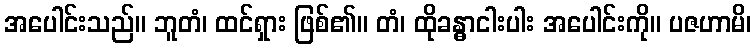
အပေါင်းသည်။ ဘူတံ၊ ထင်ရှား ဖြစ်၏။ တံ၊ ထိုခန္ဓာငါးပါး အပေါင်းကို။ ပဇဟာမိ၊